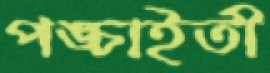
পঙ্চাইতী